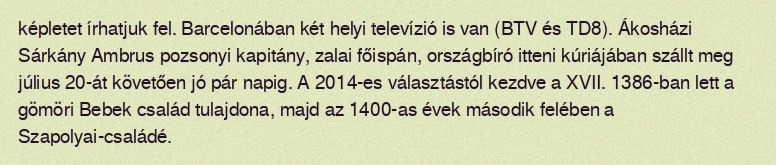
képletet írhatjuk fel. Barcelonában két helyi televízió is van (BTV és TD8). Ákosházi Sárkány Ambrus pozsonyi kapitány, zalai főispán, országbíró itteni kúriájában szállt meg július 20-át követően jó pár napig. A 2014-es választástól kezdve a XVII. 1386-ban lett a gömöri Bebek család tulajdona, majd az 1400-as évek második felében a Szapolyai-családé.